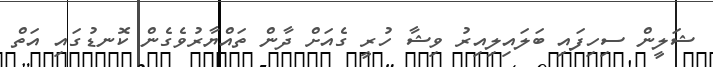
ޝަލީން ސިހިފައި ބަލައިލިއިރު ވިޝާ ހުރީ ގެއަށް ދާން ތައްޔާރުވެގެން ކޮނޑުގައި އަތް